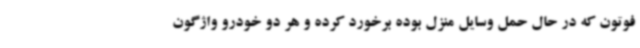
فوتون که در حال حمل وسایل منزل بوده برخورد کرده و هر دو خودرو واژگون